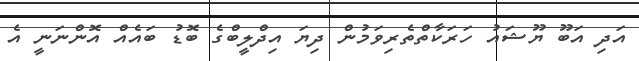
އަދި އަބޫ ޔޫޝައު ހަރަކާތްތެރިވަމުން ދިޔަ އިދްލީބްގެ ބޮޑު ބައެއް އޮންނަނީ އެ